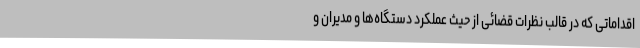
اقداماتی که در قالب نظرات قضائی از حیث عملکرد دستگاه‌ها و مدیران و